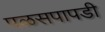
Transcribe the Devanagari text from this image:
पळसपापडी